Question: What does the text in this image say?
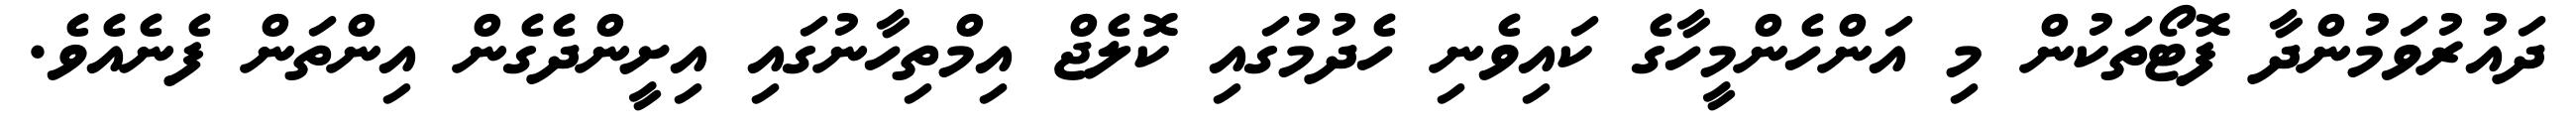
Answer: ދައުރުވަމުންދާ ފޮޓޯތަކުން މި އަންހެންމީހާގެ ކައިވެނި ހެދުމުގައި ކޮލެޖް އިމްތިހާނުގައި އިށީންދެގެން އިންތަން ފެނެއެވެ.